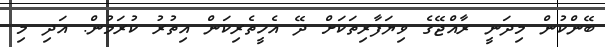
ބޭންކުން މިދަނީ ރާއްޖޭގެ ވިޔަފާރިތަކަށް ދޭ އެހީތެރިކަން އިތުރު ކުރަމުން. އަދި މި